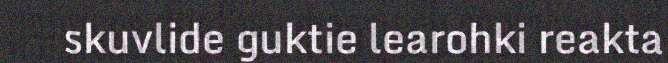
skuvlide guktie learohki reakta